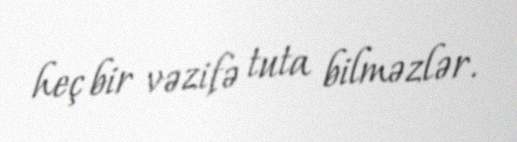
heç bir vəzifə tuta bilməzlər.